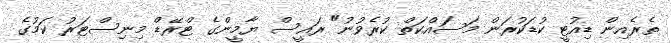
ތެރެއިން ޑިއުޓީ ކުޑަކުރަން މަސައްކަތް ކުރެވުނު" ރައީސް ޔާމީންގެ ޓްރޭޑް މިނިސްޓަރު ކަމުގެ